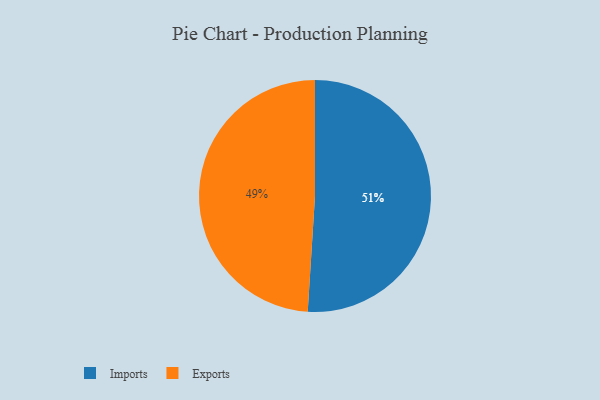
{"axis": {"x": "Category", "y": "Percentage"}, "legend": ["Exports", "Imports"], "data": [{"x": "Exports", "y": 49, "type": "Exports"}, {"x": "Imports", "y": 51, "type": "Imports"}]}